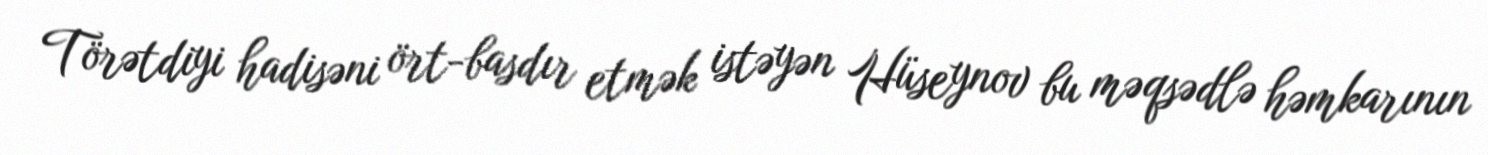
Törətdiyi hadisəni ört-basdır etmək istəyən Hüseynov bu məqsədlə həmkarının